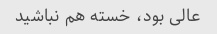
عالی بود، خسته هم نباشید